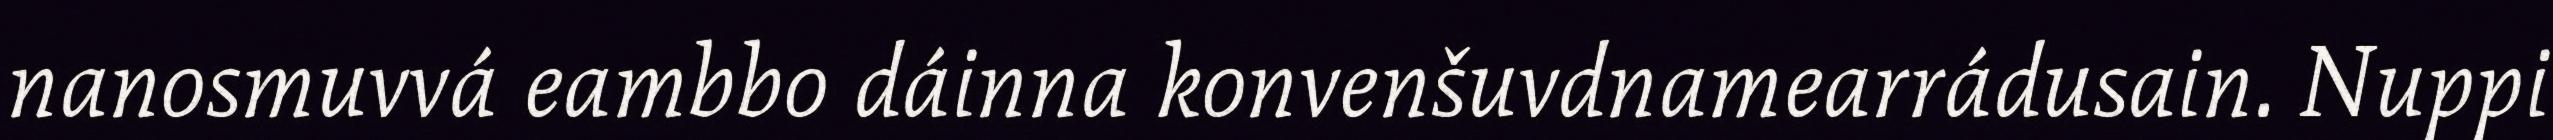
nanosmuvvá eambbo dáinna konvenšuvdnamearrádusain. Nuppi